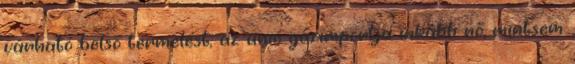
várható belső termelést; az unió gázimportja inkább nő, mintsem